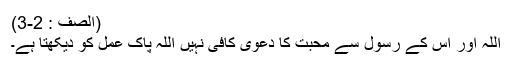
(الصف : 2-3)
اللہ اور اس کے رسول سے محبت کا دعویٰ کافی نہیں اللہ پاک عمل کو دیکھتا ہے۔